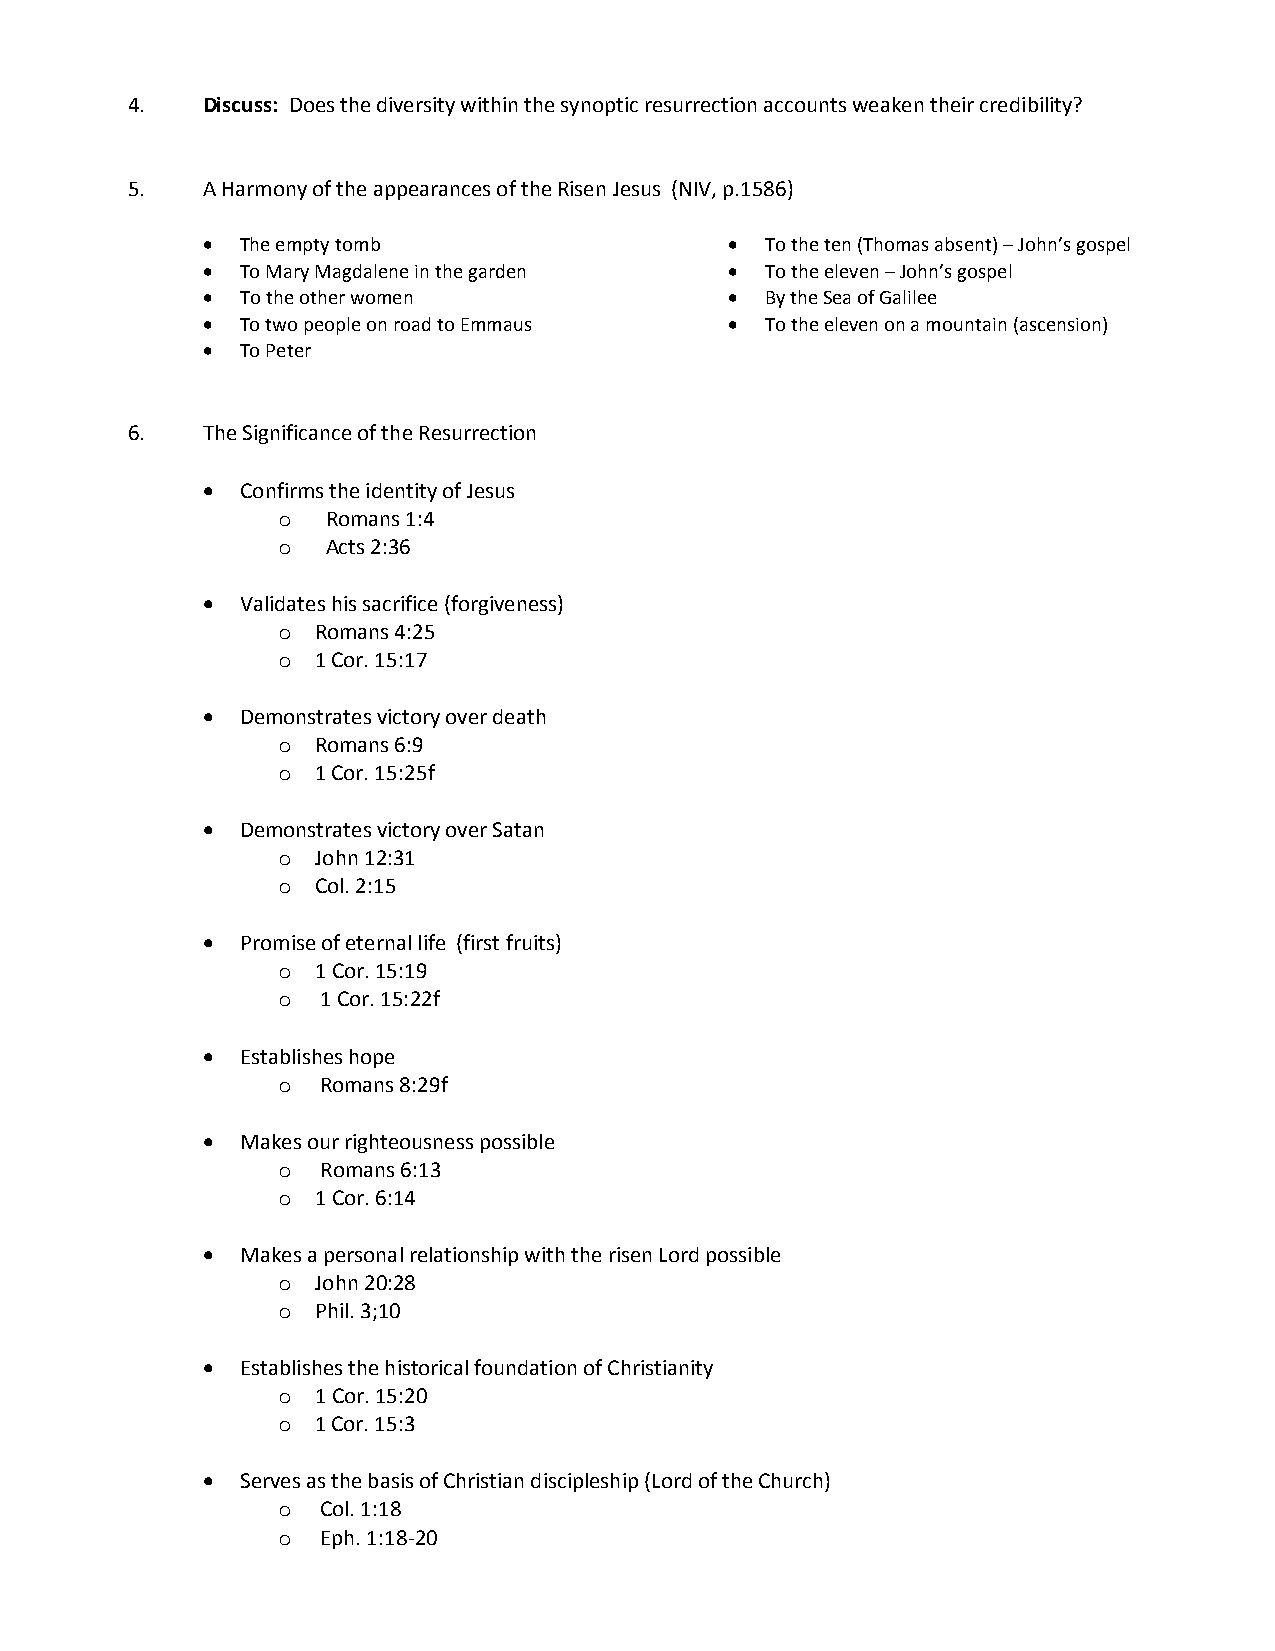
4.   Discuss: Does the diversity within the synoptic resurrection accounts weaken their credibility?
 5.   A Harmony of the appearances of the Risen Jesus (NIV, p.1586)
   The empty tomb                    To the ten (Thomas absent) – John’s gospel
   To Mary Magdalene in the garden   To the eleven – John’s gospel
   To the other women                By the Sea of Galilee
   To two people on road to Emmaus   To the eleven on a mountain (ascension)
   To Peter
 6.   The Significance of the Resurrection
   Confirms the identity of Jesus
 o   Romans 1:4
 o   Acts 2:36
   Validates his sacrifice (forgiveness)
 o  Romans 4:25
 o  1 Cor. 15:17
   Demonstrates victory over death
 o  Romans 6:9
 o  1 Cor. 15:25f
   Demonstrates victory over Satan
 o  John 12:31
 o  Col. 2:15
   Promise of eternal life (first fruits)
 o  1 Cor. 15:19
 o  1 Cor. 15:22f
   Establishes hope
 o  Romans 8:29f
   Makes our righteousness possible
 o  Romans 6:13
 o  1 Cor. 6:14
   Makes a personal relationship with the risen Lord possible
 o  John 20:28
 o  Phil. 3;10
   Establishes the historical foundation of Christianity
 o  1 Cor. 15:20
 o  1 Cor. 15:3
   Serves as the basis of Christian discipleship (Lord of the Church)
 o  Col. 1:18
 o  Eph. 1:18-20